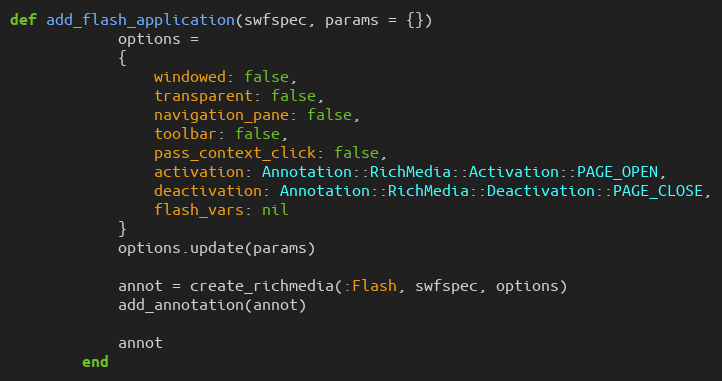
Language: Ruby
def add_flash_application(swfspec, params = {})
            options =
            {
                windowed: false,
                transparent: false,
                navigation_pane: false,
                toolbar: false,
                pass_context_click: false,
                activation: Annotation::RichMedia::Activation::PAGE_OPEN,
                deactivation: Annotation::RichMedia::Deactivation::PAGE_CLOSE,
                flash_vars: nil
            }
            options.update(params)

            annot = create_richmedia(:Flash, swfspec, options)
            add_annotation(annot)

            annot
        end